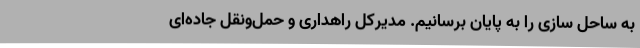
به ساحل سازی را به پایان برسانیم. مدیرکل راهداری و حمل‌ونقل جاده‌ای